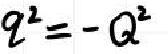
\[q^{2}=-Q^{2}\]